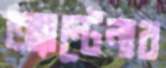
অ্যান্টেনার